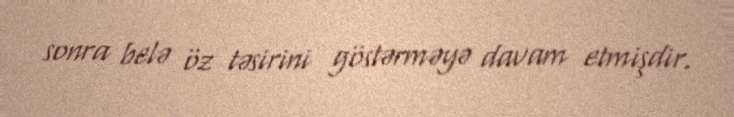
sonra belə öz təsirini göstərməyə davam etmişdir.